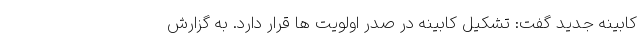
کابینه جدید گفت: تشکیل کابینه در صدر اولویت ها قرار دارد. به گزارش